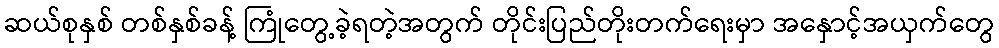
ဆယ်စုနှစ် တစ်နှစ်ခန့် ကြုံတွေ့ခဲ့ရတဲ့အတွက် တိုင်းပြည်တိုးတက်ရေးမှာ အနှောင့်အယှက်တွေ